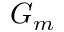
G _ { m }